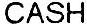
CASH